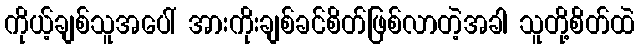
ကိုယ့်ချစ်သူအပေါ် အားကိုးချစ်ခင်စိတ်ဖြစ်လာတဲ့အခါ သူတို့စိတ်ထဲ